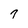
Character: 7